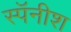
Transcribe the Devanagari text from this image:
स्पॅनीश